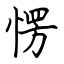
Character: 愣